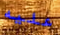
عليه